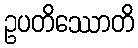
ဥပတိဿောတိ